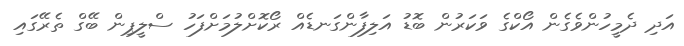
އަދި ދެމީހުންވެގެން އޯކްގެ ވަކަރުން ބޮޑު އަލިފާންގަނޑެއް ރޯކޮށްލުމަށްފަހު ސްލީޕިން ބޭގް ތެރޭގައި